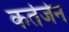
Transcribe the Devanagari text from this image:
कर्तजेन